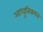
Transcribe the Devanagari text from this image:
आधुनिकपन